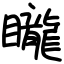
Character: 矓